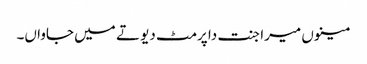
مینوں میرا جنت دا پرمٹ دیو تے میں جاواں۔